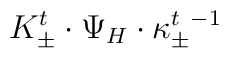
{ K^t_\pm\cdot \Psi_H\cdot \kappa^{t~-1}_\pm}